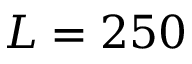
L = 2 5 0